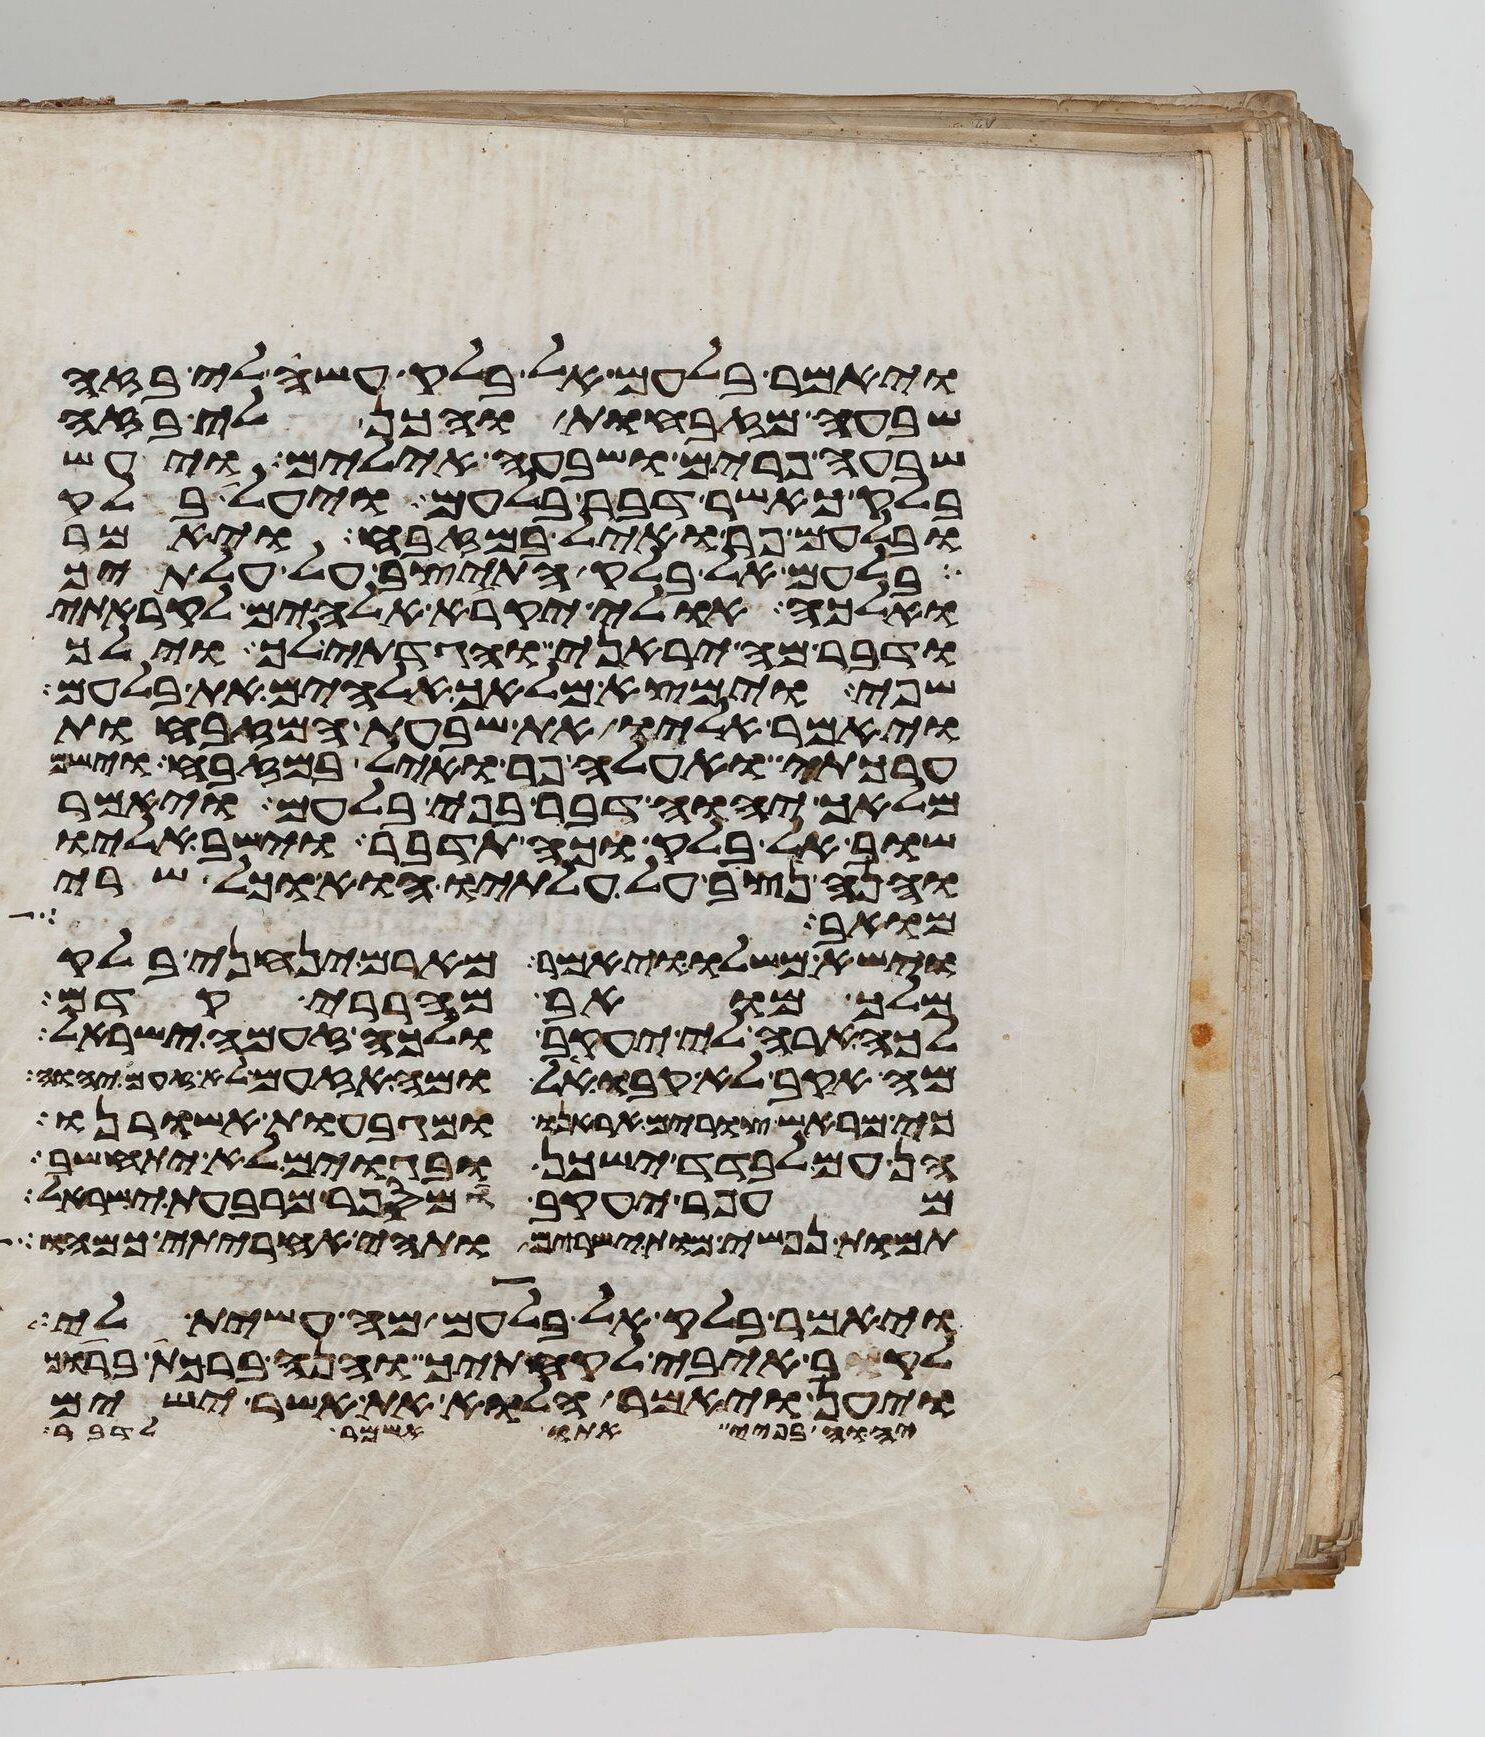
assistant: ויאמר בלעם אל בלק עשה לי בזה
שבעה מזבחות והכן לי בזה
שבעה פרים ושבעה אילים ויעש
בלק כאשר דבר בלעם ויעל בלק
ובלעם פר ואיל במזבח ויאמר
בלעם אל בלק התיצב על עלתיך
ואלכה אולי יקרא אלהים לקראתי
ודבר מה יראני והגדתי לך וילך
שפי וימצא מלאך אלהים את בלעם
ויאמר אליו את שבעת המזבחות
ערכתי ואעלה פר ואיל במזבח וישם
מלאך יהוה דבר בפי בלעם ויאמר
שוב אל בלק וכה תדבר וישב אליו
והנה נצב על עלתיו הוא וכל שרי
מואב
וישא משלו ויאמר מארם ינחני בלק
מלך מואב מהררי קדם
לכה ארה לי יעקב ולכה זעמה ישראל
מה אקב לא קבו אל ומה אזעם לא זעם יהוה
כי מראש צורים אראנו ומגבעות אשורנו
הן עם לבדד ישכן ובגוים לא יתחשב
עפר יעקב ומי ספר מרבע ישראל
תמות נפשי מות ישירים ותהי אחריתי כמהו
ויאמר בלק אל בלעם מה עשית לי
לקב איבי לקחתיך והנה ברכת ברוך
ויען ויאמר הלוא את אשר ישים
יהוה בפיי אתו אשמר לדבר